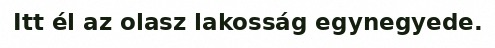
Itt él az olasz lakosság egynegyede.